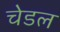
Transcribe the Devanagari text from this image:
चेडल